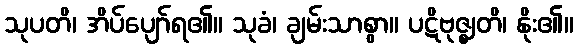
သုပတိ၊ အိပ်ပျော်ရ၏။ သုခံ၊ ချမ်းသာစွာ။ ပဋိဗုဇ္ဈတိ၊ နိုး၏။